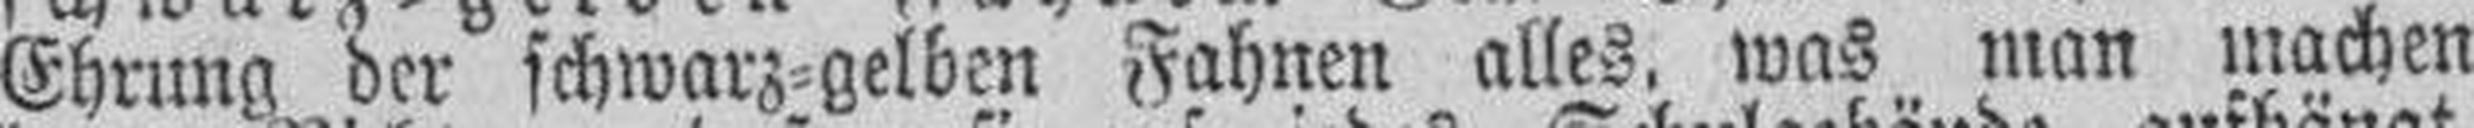
Ehrung der schwarz=gelben Fahnen alles, was man machen